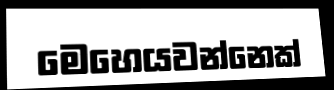
මෙහෙයවන්නෙක්